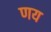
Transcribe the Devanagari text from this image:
णय